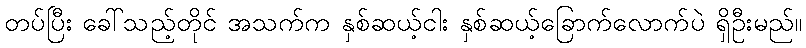
တပ်ပြီး ခေါ်သည့်တိုင် အသက်က နှစ်ဆယ့်ငါး နှစ်ဆယ့်ခြောက်လောက်ပဲ ရှိဦးမည်။